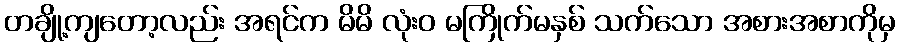
တချို့ကျတော့လည်း အရင်က မိမိ လုံးဝ မကြိုက်မနှစ် သက်သော အစားအစာကိုမှ